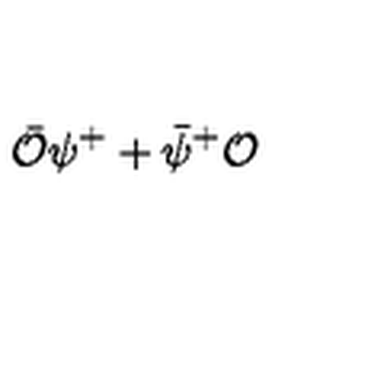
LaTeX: \bar { \mathcal O } \psi ^ { + } + \bar { \psi } ^ { + } { \mathcal O }